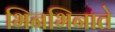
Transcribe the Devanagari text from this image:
भिनभिनाते